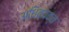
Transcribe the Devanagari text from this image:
अधिव्यक्त